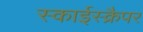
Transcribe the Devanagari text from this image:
स्काईस्क्रैपर